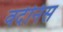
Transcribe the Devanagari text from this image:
वर्देनिस